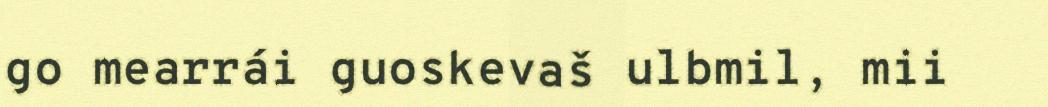
go mearrái guoskevaš ulbmil, mii